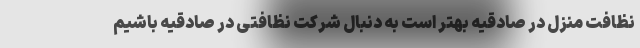
نظافت منزل در صادقیه بهتر است به دنبال شرکت نظافتی در صادقیه باشیم